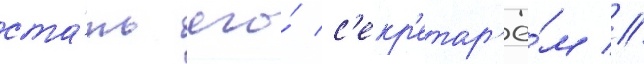
ста́ть его́ с'екр'етар'ё́м //